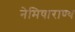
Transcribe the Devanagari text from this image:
नेमिषाराण्य